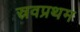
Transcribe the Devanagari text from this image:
स्रवप्रथम